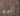
آسف